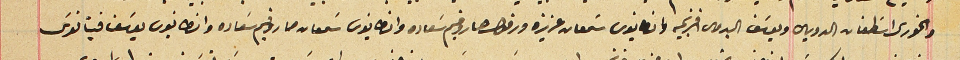
والخوري اسَطفان الدويهى ويوسَف البدوى افرنجيه وانطانيوس سَمعان عزيزه ورفول صاروفيم سَعاده وانطانيوس سَمعان صاروفيم سعاده وانطانيوس يوسَف فينانوسَ